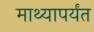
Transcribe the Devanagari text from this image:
माथ्यापर्यंत